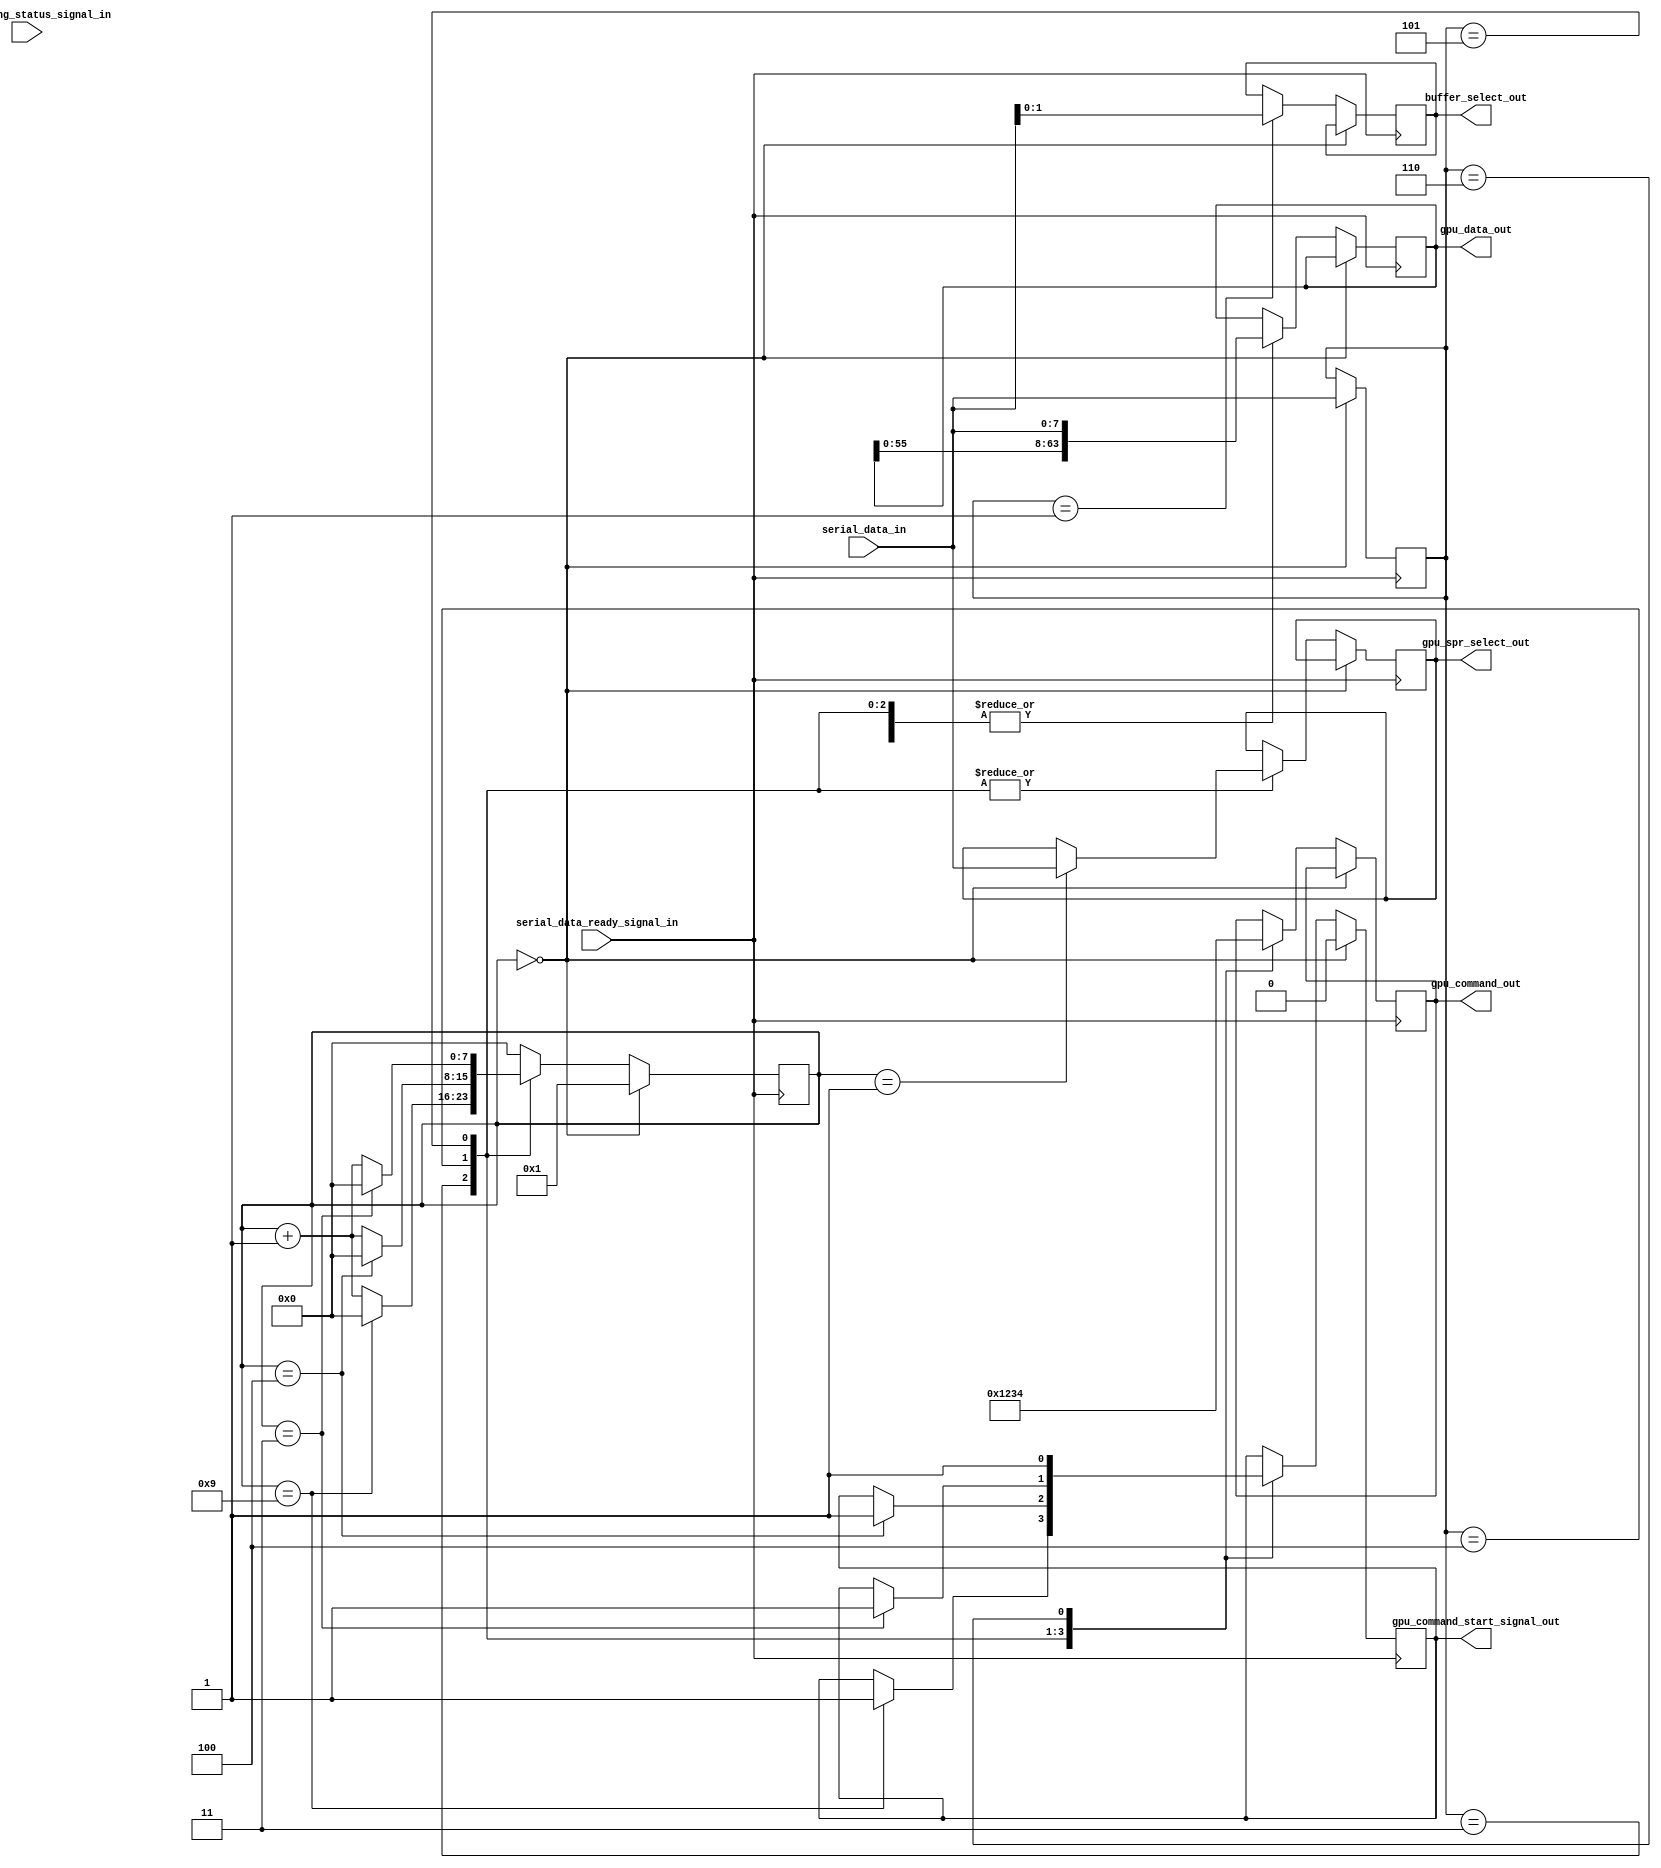
module serial_protocol_decoder
(
//input clk_in,
input [7:0] serial_data_in,
input serial_data_ready_signal_in,
input gpu_working_status_signal_in,
output reg [1:0] buffer_select_out,
output reg gpu_command_start_signal_out,
output reg [3:0] gpu_command_out,
output reg [7:0] gpu_spr_select_out,
output reg [63:0] gpu_data_out
);

localparam 
COMMAND_NOOP = 8'd0,
COMMAND_BUFFER_SELECT = 8'd1,
COMMAND_GPU_NOOP = 8'd2,
COMMAND_GPU_LOAD_MASK = 8'd3,
COMMAND_GPU_LOAD_COL = 8'd4,
COMMAND_GPU_DRAW = 8'd5,
COMMAND_GPU_BRIGHTNESS = 8'd6;

//These are a duplicate of the localparams within gpu.v, must match
localparam
GPU_NOOP = 4'd0,
GPU_LOAD_MASK = 4'd1,
GPU_LOAD_COL = 4'd2,
GPU_DRAW = 4'd3,
GPU_BRIGHTNESS = 4'd4;

reg [7:0] command_reg;

reg [7:0] state_reg;

always @ (posedge serial_data_ready_signal_in) begin
    if (state_reg == 0) begin
        command_reg <= serial_data_in[7:0];
        state_reg <= 1;
        gpu_command_start_signal_out <= 0;
    end
    else begin
        case (command_reg)
            COMMAND_BUFFER_SELECT: begin
                buffer_select_out <= serial_data_in[1:0];
                state_reg <= 0;
            end
            
            COMMAND_GPU_LOAD_MASK: begin
                state_reg <= (state_reg == 9) ? 0 : state_reg + 1;
                if (state_reg == 9) gpu_command_start_signal_out <= 1;
                if (state_reg == 1) gpu_spr_select_out <= serial_data_in[7:0];
                gpu_data_out <= {gpu_data_out[55:0], serial_data_in[7:0]};
                gpu_command_out <= GPU_LOAD_MASK;
            end
            COMMAND_GPU_LOAD_COL: begin
                state_reg <= (state_reg == 4) ? 0 : state_reg + 1;
                if (state_reg == 4) gpu_command_start_signal_out <= 1;
                if (state_reg == 1) gpu_spr_select_out <= serial_data_in[7:0];
                gpu_data_out <= {gpu_data_out[55:0], serial_data_in[7:0]};
                gpu_command_out <= GPU_LOAD_COL;
            end
            COMMAND_GPU_DRAW: begin
                state_reg <= (state_reg == 3) ? 0 : state_reg + 1;
                if (state_reg == 3) gpu_command_start_signal_out <= 1;
                if (state_reg == 1) gpu_spr_select_out <= serial_data_in[7:0];
                gpu_data_out <= {gpu_data_out[55:0], serial_data_in[7:0]};
                gpu_command_out <= GPU_DRAW;
            end
            COMMAND_GPU_BRIGHTNESS: begin
                state_reg <= 0;
                gpu_command_start_signal_out <= 1;
                gpu_data_out <= {gpu_data_out[55:0], serial_data_in[7:0]};
                gpu_command_out <= GPU_BRIGHTNESS;
            end
            
            COMMAND_GPU_NOOP: begin
                state_reg <= 0;
            end
            COMMAND_NOOP: begin
                state_reg <= 0;
            end
            default: begin
                state_reg <= 0;
            end
        endcase
    end
end

endmodule